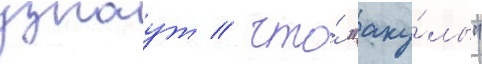
узнаут / что́ "аку́лы"